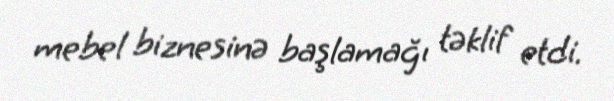
mebel biznesinə başlamağı təklif etdi.